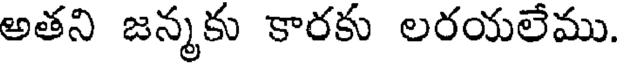
అతని జన్మకు కారకు లరయలేము.